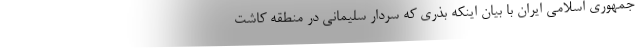
جمهوری اسلامی ایران با بیان اینکه بذری که سردار سلیمانی در منطقه کاشت